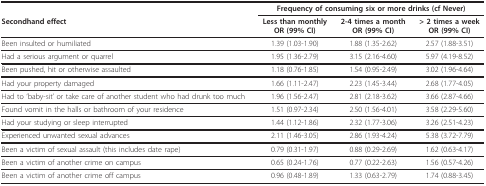
|  | <COLSPAN=3> Frequency of consuming six or more drinks (cf Never) |
 | Secondhand effect | Less than monthlyOR (99% CI) | 2-4 times a monthOR (99% CI) | > 2 times a weekOR (99% CI) |
 | --- | --- | --- | --- |
 | Been insulted or humiliated | 1.39 (1.03-1.90) | 1.88 (1.35-2.62) | 2.57 (1.88-3.51) |
 | Had a serious argument or quarrel | 1.95 (1.36-2.79) | 3.15 (2.16-4.60) | 5.97 (4.19-8.52) |
 | Been pushed, hit or otherwise assaulted | 1.18 (0.76-1.85) | 1.54 (0.95-2.49) | 3.02 (1.96-4.64) |
 | Had your property damaged | 1.66 (1.11-2.47) | 2.23 (1.45-3.44) | 2.68 (1.77-4.05) |
 | Had to 'baby-sit' or take care of another student who had drunk too much | 1.96 (1.56-2.47) | 2.81 (2.18-3.62) | 3.66 (2.87-4.66) |
 | Found vomit in the halls or bathroom of your residence | 1.51 (0.97-2.34) | 2.50 (1.56-4.01) | 3.58 (2.29-5.60) |
 | Had your studying or sleep interrupted | 1.44 (1.12-1.86) | 2.32 (1.77-3.06) | 3.26 (2.51-4.23) |
 | Experienced unwanted sexual advances | 2.11 (1.46-3.05) | 2.86 (1.93-4.24) | 5.38 (3.72-7.79) |
 | Been a victim of sexual assault (this includes date rape) | 0.79 (0.31-1.97) | 0.88 (0.29-2.69) | 1.62 (0.63-4.17) |
 | Been a victim of another crime on campus | 0.65 (0.24-1.76) | 0.77 (0.22-2.63) | 1.56 (0.57-4.26) |
 | Been a victim of another crime off campus | 0.96 (0.48-1.89) | 1.33 (0.63-2.79) | 1.74 (0.88-3.45) |